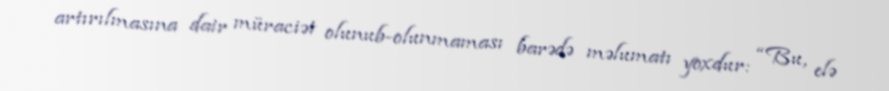
artırılmasına dair müraciət olunub-olunmaması barədə məlumatı yoxdur: “Bu, elə